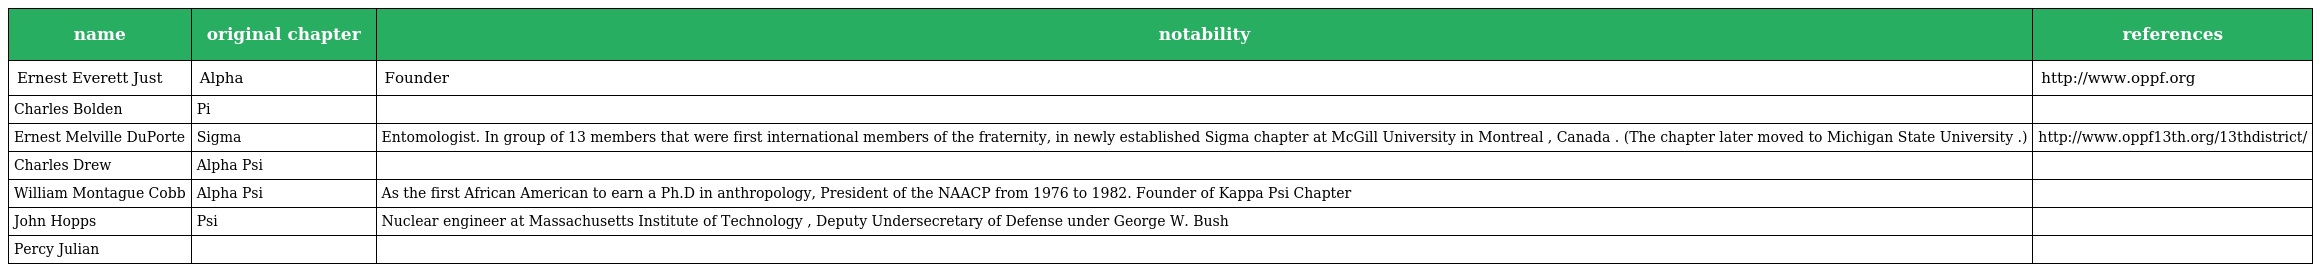
| name | original chapter | notability | references |
 | --- | --- | --- | --- |
 | Ernest Everett Just | Alpha | Founder | http://www.oppf.org |
 | Charles Bolden | Pi |  |  |
 | Ernest Melville DuPorte | Sigma | Entomologist. In group of 13 members that were first international members of the fraternity, in newly established Sigma chapter at McGill University in Montreal , Canada . (The chapter later moved to Michigan State University .) | http://www.oppf13th.org/13thdistrict/ |
 | Charles Drew | Alpha Psi |  |  |
 | William Montague Cobb | Alpha Psi | As the first African American to earn a Ph.D in anthropology, President of the NAACP from 1976 to 1982. Founder of Kappa Psi Chapter |  |
 | John Hopps | Psi | Nuclear engineer at Massachusetts Institute of Technology , Deputy Undersecretary of Defense under George W. Bush |  |
 | Percy Julian |  |  |  |